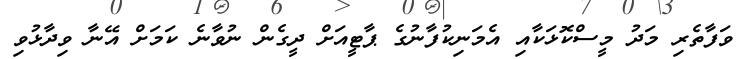
ވަފާތެރި މަދު މީސްކޮޅަކާއި އެމަނިކުފާނުގެ ޕާޓީއަށް ދީގެން ނުވާނެ ކަމަށް އޭނާ ވިދާޅުވި